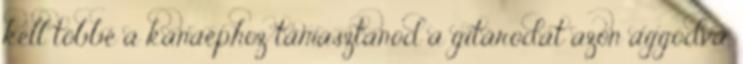
kell többé a kanaéphoz támasztanod a gitárodat azon aggódva,